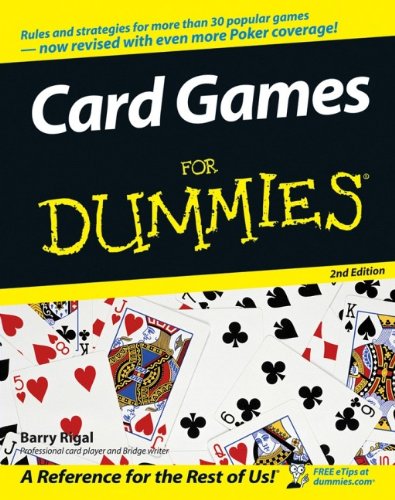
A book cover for Card Games For Dummies; Barry Rigal; Humor & Entertainment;